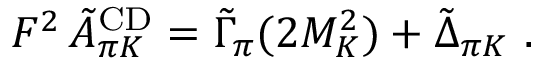
F ^ { 2 } \, \tilde { A } _ { \pi K } ^ { \mathrm { C D } } = \tilde { \Gamma } _ { \pi } ( 2 M _ { K } ^ { 2 } ) + \tilde { \Delta } _ { \pi K } ~ .